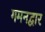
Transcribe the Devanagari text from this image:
गमनद्वार